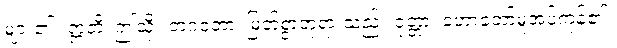
များ၏။ ဣတိ၊ ဤသို့။ ဘဂဝတာ၊ မြတ်စွာဘုရားသည်။ ဝုတ္တာ၊ ဟောတော်မူအပ်ကုန်၏။